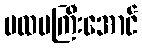
ပထမကြီးအောင်